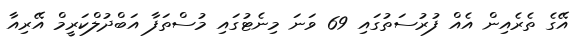
އޭގެ ތެރެއިން އެއް ފުރުސަތުގައި 69 ވަނަ މިނެޓުގައި މުސްތަފާ އަބްދުލްކަރީމް އޭރިއާ